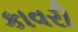
કાવરી